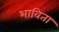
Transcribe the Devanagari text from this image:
भाविता